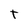
Character: t